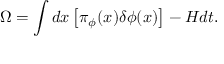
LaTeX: \Omega = \int d x \left[ \pi _ { \phi } ( x ) \delta \phi ( x ) \right] - H d t .